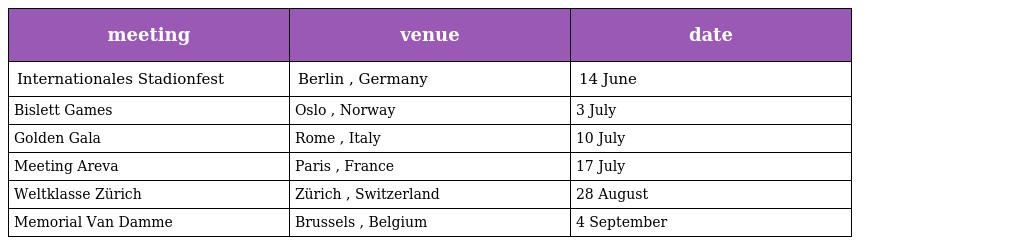
| meeting | venue | date |
 | --- | --- | --- |
 | Internationales Stadionfest | Berlin , Germany | 14 June |
 | Bislett Games | Oslo , Norway | 3 July |
 | Golden Gala | Rome , Italy | 10 July |
 | Meeting Areva | Paris , France | 17 July |
 | Weltklasse Zürich | Zürich , Switzerland | 28 August |
 | Memorial Van Damme | Brussels , Belgium | 4 September |